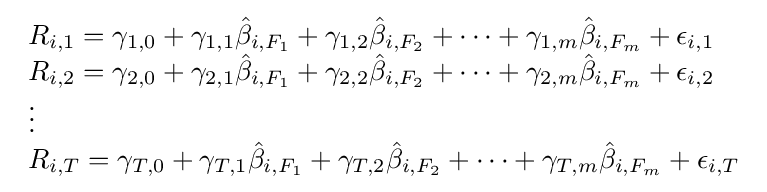
{\begin{array}{lcr}R_{i,1}=\gamma _{1,0}+\gamma _{1,1}{\hat {\beta }}_{i,F_{1}}+\gamma _{1,2}{\hat {\beta }}_{i,F_{2}}+\cdots +\gamma _{1,m}{\hat {\beta }}_{i,F_{m}}+\epsilon _{i,1}\\R_{i,2}=\gamma _{2,0}+\gamma _{2,1}{\hat {\beta }}_{i,F_{1}}+\gamma _{2,2}{\hat {\beta }}_{i,F_{2}}+\cdots +\gamma _{2,m}{\hat {\beta }}_{i,F_{m}}+\epsilon _{i,2}\\\vdots \\R_{i,T}=\gamma _{T,0}+\gamma _{T,1}{\hat {\beta }}_{i,F_{1}}+\gamma _{T,2}{\hat {\beta }}_{i,F_{2}}+\cdots +\gamma _{T,m}{\hat {\beta }}_{i,F_{m}}+\epsilon _{i,T}\end{array}}